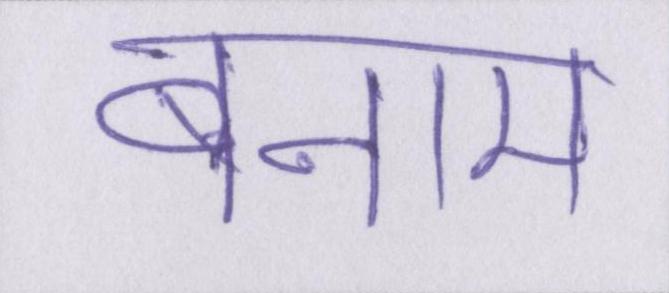
बनाम